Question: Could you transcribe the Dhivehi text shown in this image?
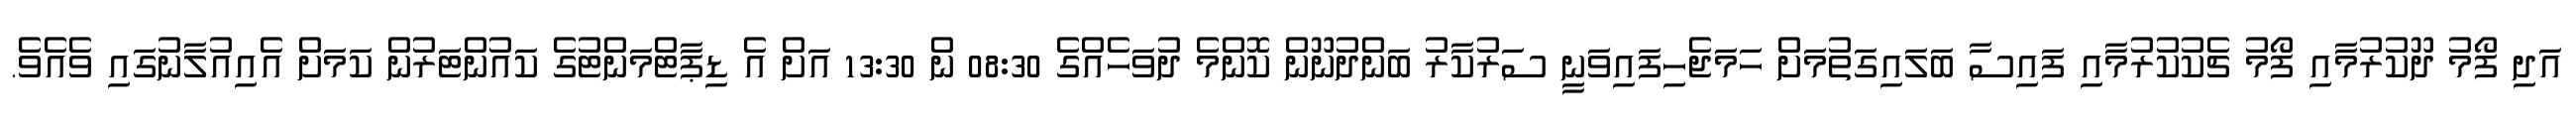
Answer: އަދި ފޯމު ދޫކުރުމާއި ފޯމު ޗެކުކުރުމާއި ފައިސާ ބަލައިގަތުމަށް ހަމަޖެހިފައިވަނީ ސަރުކާރު ބަންދުނޫން ކޮންމެ ދުވަހެއްގެ 08:30 ން 13:30 އަށް އެ ޑިޕާޓްމަންޓުގެ ކައުންޓަރުން ކަމަށް އެއިއުލާނުގައި ވެއެވެ.